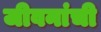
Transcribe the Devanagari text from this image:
जीवनांची